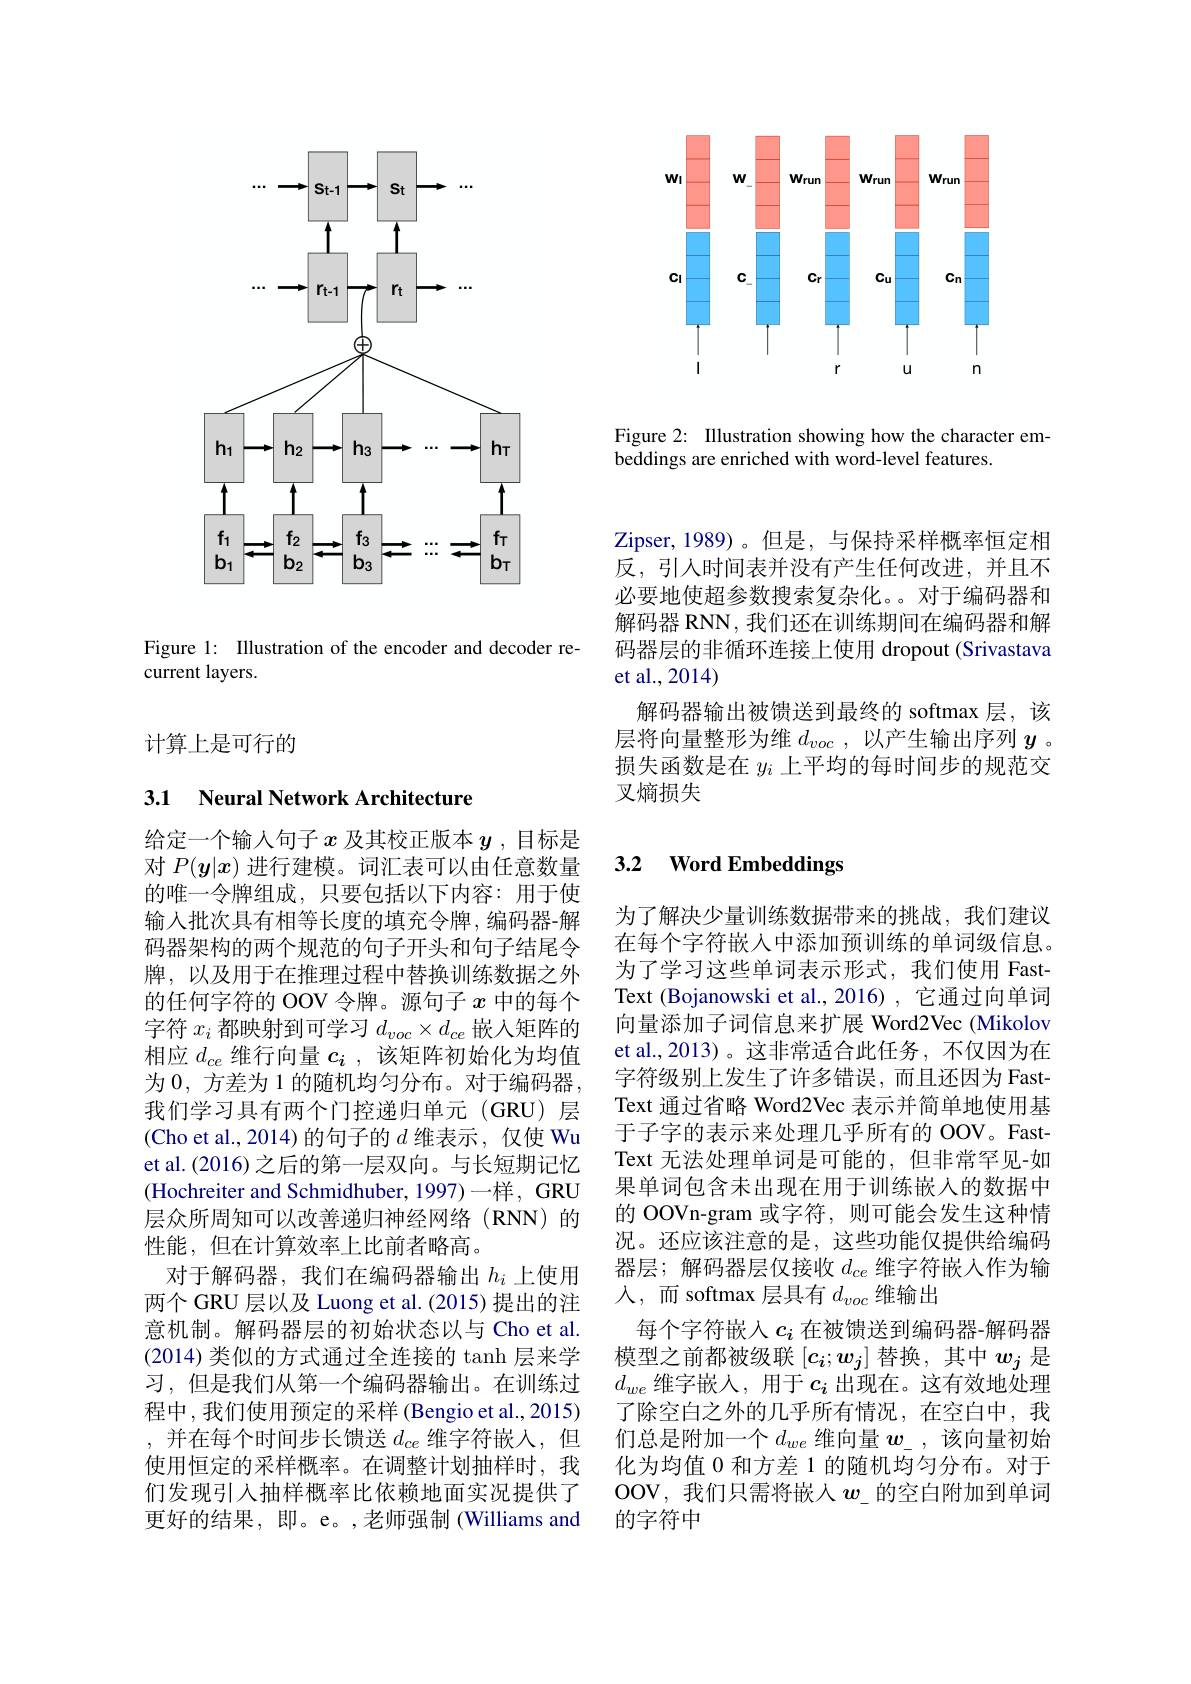
<FigureHere>

Figure 2: Illustration showing how the character em-
beddings are enriched with word-level features.

<FigureHere>

Figure 1: Illustration of the encoder and decoder re-
current layers.

计算上是可行的

## 3.1 Neural Network Architecture

给定一个输人句子$x$及其校正版本$y$ ,目标是对$P(\boldsymbol{y}|x)$进行建模。词汇表可以由任意数量的唯一令牌组成，只要包括以下内容：用于使输入批次具有相等长度的填充令牌，编码器-解码器架构的两个规范的句子开头和句子结尾令牌，以及用于在推理过程中替换训练数据之外的任何字符的 OOV 令牌。源句子$x$中的每个字 符 $x_{i}$ 都 映 射 到 可 学 习 $d_{voc}\times d_{ce}$ 嵌 入 矩 阵 的 相 应 $d_{ce}$ 维 行 向 量 $c_{i}$ , 该 矩 阵 初 始 化 为 均 值为0，方差为 1 的随机均匀分布。对于编码器， 我们学习具有两个门控递归单元(GRU)层(Cho et al., 2014)的句子的$d$维表示，仅使 Wu et al.(2016) 之后的第一层双向。与长短期记忆(Hochreiter and Schmidhuber, 1997)一样，GRU 层众所周知可以改善递归神经网络(RNN)的性能，但在计算效率上比前者略高。
对于解码器，我们在编码器输出$h_i$ 上使用两个 GRU 层以及 Luong et al. (2015) 提出的注意机制。解码器层的初始状态以与 Cho et al. (2014)类似的方式通过全连接的 tanh 层来学习，但是我们从第一个编码器输出。在训练过程中，我们使用预定的采样 (Bengio et al., 2015) ,并在每个时间步长馈送$d_ce$维字符嵌入，但使用恒定的采样概率。在调整计划抽样时，我们发现引入抽样概率比依赖地面实况提供了更好的结果，即。e。,老师强制 (Williams and

Zipser,1989)。但是，与保持采样概率恒定相反，引人时间表并没有产生任何改进，并且不必要地使超参数搜索复杂化。。对于编码器和解码器 RNN, 我们还在训练期间在编码器和解码器层的非循环连接上使用 dropout (Srivastava et al.,2014)
解码器输出被馈送到最终的 softmax 层，该层将向量整形为维$d_voc$,以产生输出序列$y$ 。损失函数是在$y_i$上平均的每时间步的规范交叉熵损失

### 3.2 $\textbf{Word Embeddings}$

为了解决少量训练数据带来的挑战，我们建议在每个字符嵌人中添加预训练的单词级信息。为了学习这些单词表示形式，我们使用 FastText (Bojanowski et al., 2016) , 它通过向单词向量添加子词信息来扩展 Word2Vec (Mikolov et al.,2013)。这非常适合此任务，不仅因为在字符级别上发生了许多错误，而且还因为 FastText 通过省略 Word2Vec 表示并简单地使用基于子字的表示来处理几乎所有的 OOV。FastText 无法处理单词是可能的，但非常罕见-如果单词包含未出现在用于训练嵌人的数据中的 OOVn-gram 或字符，则可能会发生这种情况。还应该注意的是，这些功能仅提供给编码器层；解码器层仅接收$d_{ce}$维字符嵌入作为输入，而 softmax 层具有$d_voc$维输出
每个字符嵌入$c_i$在被馈送到编码器-解码器模型之前都被级联$[c_i;w_j]$替换，其中$w_j$是$d_{we}$维字嵌人，用于$c_i$出现在。这有效地处理了除空白之外的几乎所有情况，在空白中，我们总是附加一个$d_we$维向量$w_\mathrm{-}$,该向量初始化为均值 0 和方差 1 的随机均匀分布。对于OOV, 我们只需将嵌入$w$\_的空白附加到单词的字符中